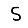
Digit: 5